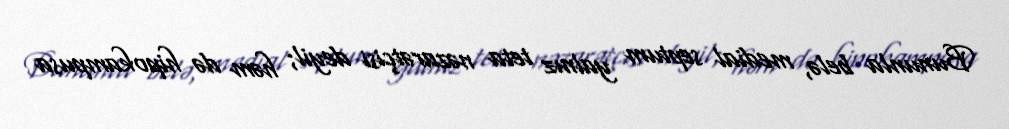
Bununla belə, medial septum yalnız teta nəzarətçisi deyil; həm də hipokampusa